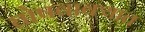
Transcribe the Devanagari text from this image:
घोषवाक्यात